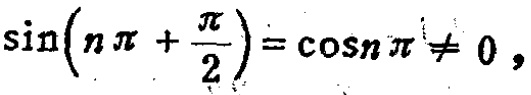
\(\sin\left(n\pi+\frac{\pi}{2}\right)=\cos n\pi\neq 0\)